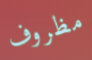
مظروف